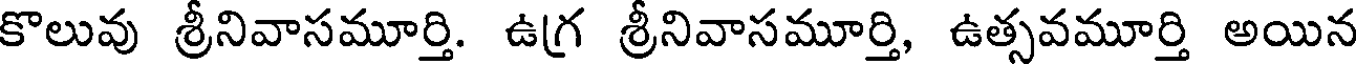
కొలువు శ్రీనివాసమూర్తి. ఉగ్ర శ్రీనివాసమూర్తి, ఉత్సవమూర్తి అయిన